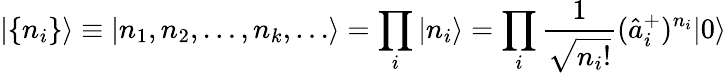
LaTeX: |\{ n_{i}\} \rangle\equiv|n_{1},n_{2},\dots,n_{k},\dots\rangle=\prod_{i}|n_{i}\rangle=\prod_{i}\frac{1}{\sqrt{n_{i}!}}(\hat{a}_{i}^{+})^{n_{i}}|0\rangle